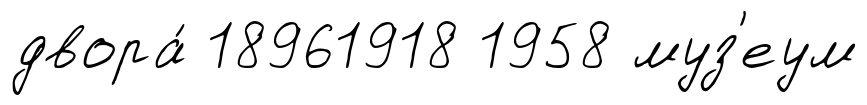
двора́ 18961918 1958 муз'еум